Leaving Certificate Examination (including Day School Certificate (Higher) General paper), 1928
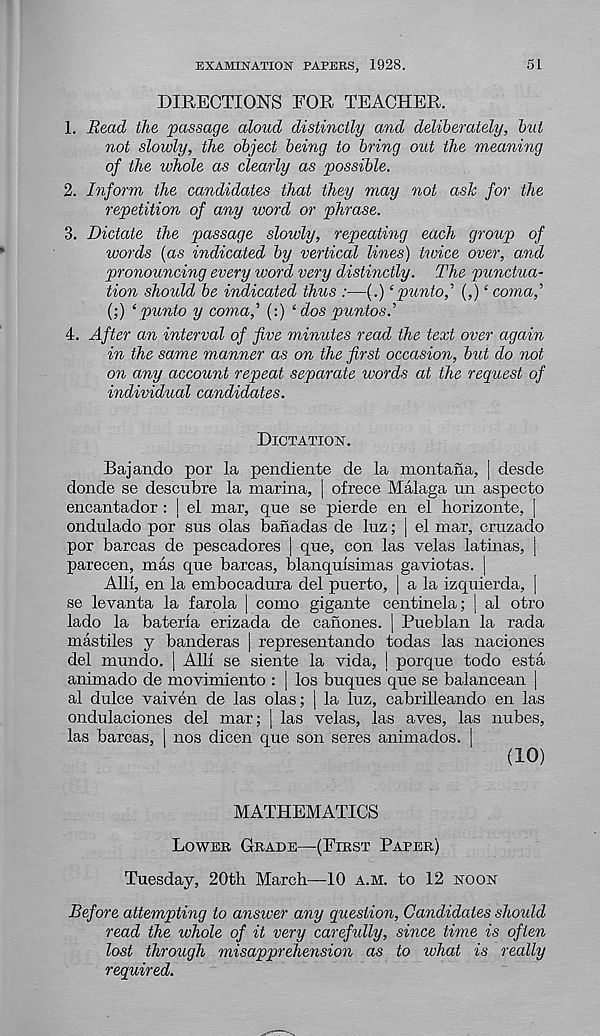
EXAMINATION PAPERS, 1928.
51
DIRECTIONS FOR TEACHER.
1. Bead the passage aloud distinctly and deliberately, but
not slowly, the object being to bring out the meaning
of the whole as clearly as possible.
2. Inform the candidates that they may not ash for the
repetition of any word or phrase.
3. Dictate the passage slowly, repeating each group of
words (as indicated by vertical lines) twice over, and
pronouncing every word very distinctly. The punctua-
tion shoidd be indicated thus :—(.) ‘puntof (,) ‘ coma,’
(;) ‘ punto y coma,' (:) ‘ dos puntos.’’
4. After an interval of five minutes read the text over again
in the same manner as on the first occasion, bid do not
on any account repeat separate words at the request of
individual candidates.
Dictation.
Bajando por la pendiente de la montana, | desde
donde se descubre la marina, | ofrece Malaga un aspecto
encantador : j el mar, que se pierde en el horizonte, |
ondulado por sus olas banadas de luz; | el mar, cruzado
por barcas de Pescadores | que, con las velas latinas, |
parecen, mas que barcas, blanquisimas gaviotas. |
Alii, en la embocadura del puerto, | a la izquierda, |
se levanta la farola | como gigante centinela; | al otro
lado la bateria erizada de canones. | Pueblan la rada
mastiles y banderas | representando todas las naciones
del mundo. | Alii se siente la vida, | porque todo esta
animado de movimiento : | los buques que se balancean |
al dulce vaiven de las olas; | la luz, cabrilleando en las
ondulaciones del mar; | las velas, las aves, las nubes,
las barcas, I nos dicen que son seres animados. I
(10)
MATHEMATICS
Lower. Grade—(First Paper)
Tuesday, 20th March—10 a.m. to 12 noon
Before attempting to answer any question, Candidates should
read the whole of it very carefully, since time is often
lost through misapprehension as to what is really
required.